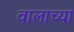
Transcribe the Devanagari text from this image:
वालाच्या